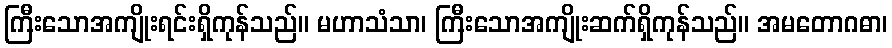
ကြီးသောအကျိုးရင်းရှိကုန်သည်။ မဟာသံသာ၊ ကြီးသောအကျိုးဆက်ရှိကုန်သည်။ အမတောဂဓာ၊